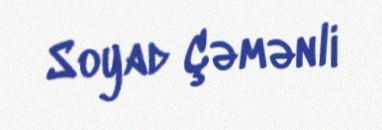
Soyad Çəmənli